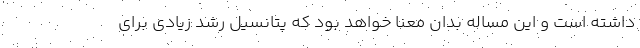
داشته است و این مساله بدان معنا خواهد بود که پتانسیل رشد زیادی برای